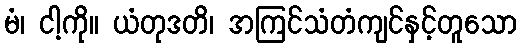
မံ၊ ငါ့ကို။ ယံတုဒတိ၊ အကြင်သံတံကျင်နှင့်တူသော